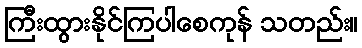
ကြီးထွားနိုင်ကြပါစေကုန် သတည်း။